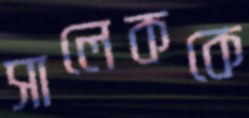
সালেককে